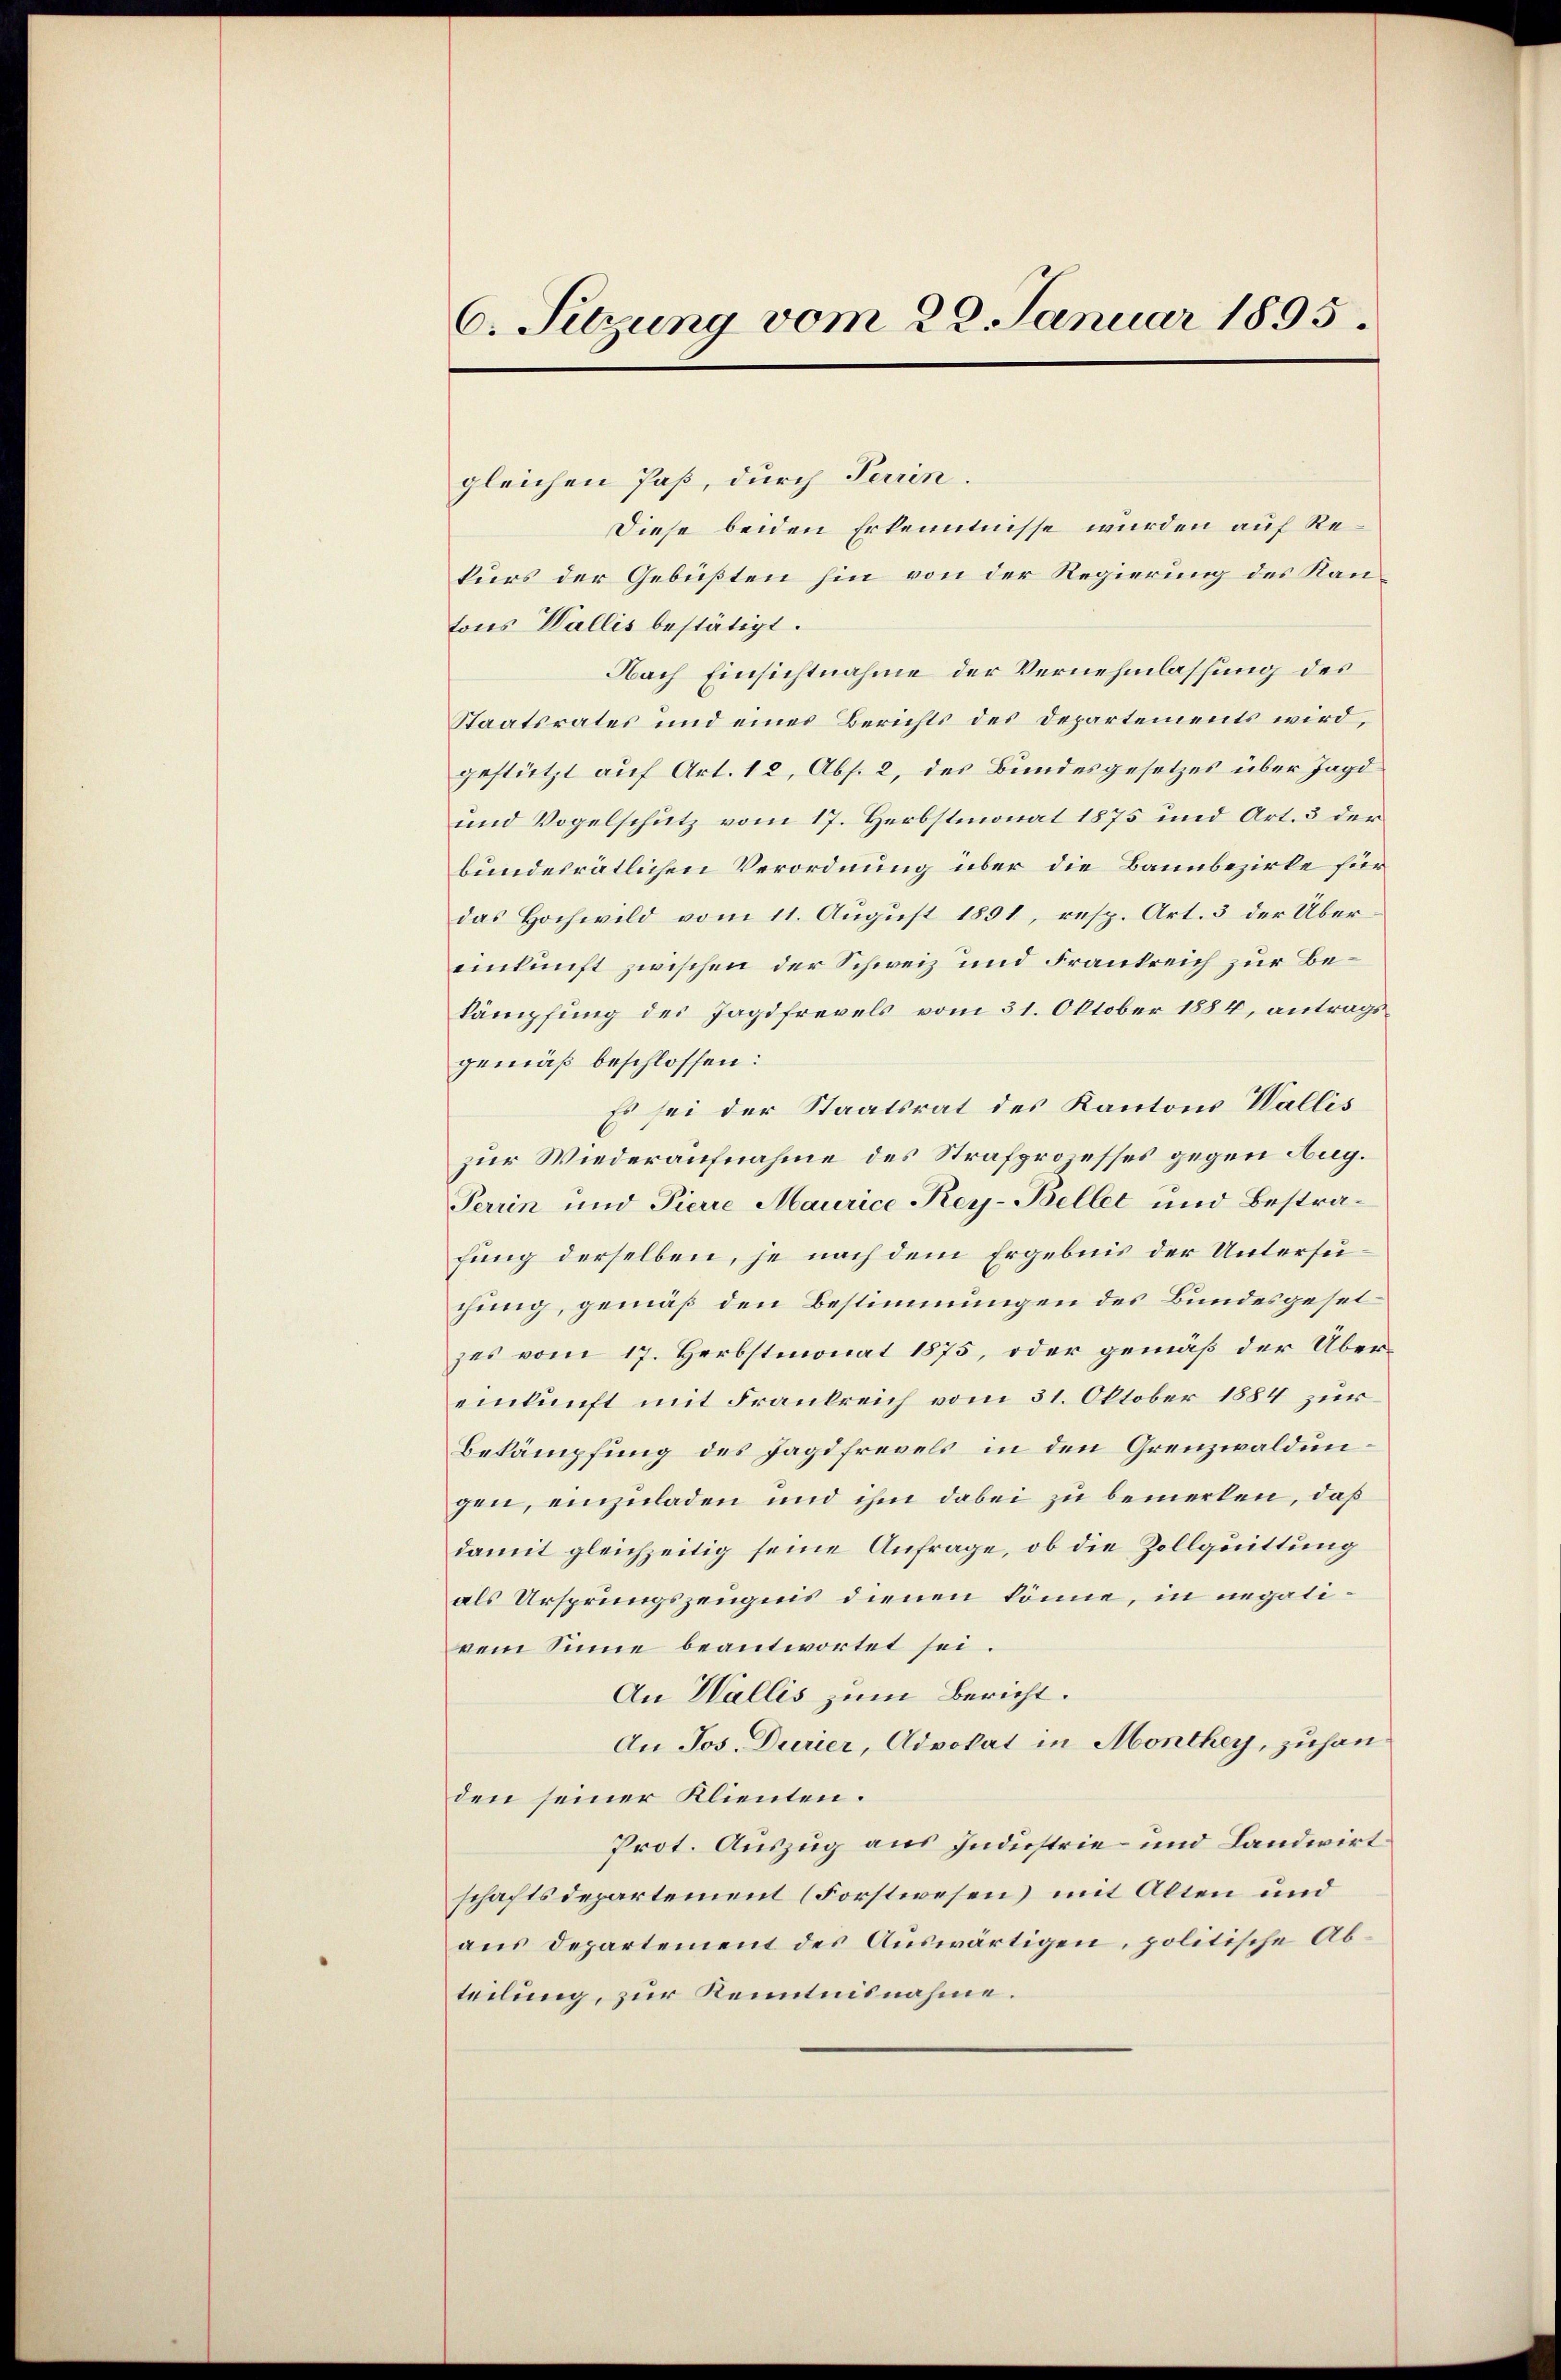
6. Sitzung vom 22. Januar 1895.

gleichen Paß, durch Terrin.
Diese beiden Erkenntnisse wurden auf Rekurs der Gebüßten hin von der Regierung des Kantons Wallis bestätigt.
Nach Einsichtnahme der Vernehmlassung des
Staatsrates und eines Berichts des Departements wird,
gestützt auf Art. 12, Abs. 2, des Bundesgesetzes über Jagd
und Vogelschutz vom 17. Herbstmonat 1875 und Art. 3 der
bundesrätlichen Verordnung über die Bannbezirke für
das Hochwild vom 11. August 1891, resp. Art. 3 der Übereinkunft zwischen der Schweiz und Frankreich zur Bekämpfung des Jagdfrevels vom 31. Oktober 1884, antragsgemäß beschlossen:
Es sei der Staatsrat des Kantons Wallis
zur Wiederaufnahme des Strafproesses gegen Aug.
Perrin und Pierre Maurice Key-Beller und Bestrafung derselben, je nach dem Ergebnis der Untersuchung, gemäß den Bestimmungen des Bundesgesetzes vom 17. Herbstmonat 1875, oder gemäß der Übereinkunft mit Frankreich vom 31. Oktober 1884 zur
Bekämpfung des Jagdfrevels in den Grenzwaldungen, einzuladen und ihm dabei zu bemerken, daß
damit gleichzeitig seine Anfrage, ob die Zollquittung
als Ursprungszeugnis dienen könne, in negalivem Sinne beantwortet sei
An Wallis zum Bericht.
An Jos. Durier, Advokat in Monthey, zuhanden seiner Klienten.
Prot. Auszug aus Industrie und Landwirt
schaftsdepartement (Forstwesen mit Alten und
aus Departement des Auswärtigen, politische Abteilung, zur Kenntnisnahme.